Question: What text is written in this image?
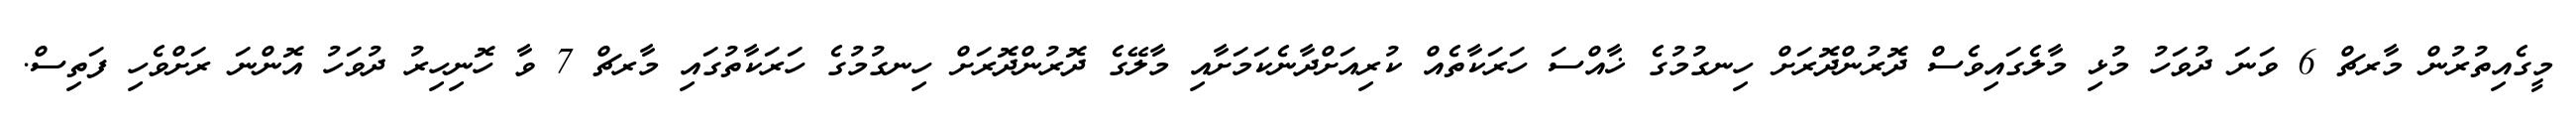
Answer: މީގެއިތުރުން މާރޗް 6 ވަނަ ދުވަހު މުޅި މާލެގައިވެސް ދޮރުންދޮރަށް ހިނގުމުގެ ޚާއްސަ ހަރަކާތެއް ކުރިއަށްދާނެކަމަށާއި މާލޭގެ ދޮރުންދޮރަށް ހިނގުމުގެ ހަރަކާތުގައި މާރޗް 7 ވާ ހޮނިހިރު ދުވަހު އޮންނަ ރަށްވެހި ފަތިސް.